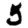
Digit: 5